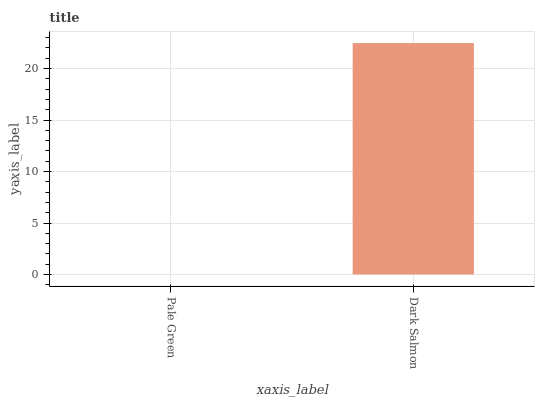
| xaxis_label | bars |
 | --- | --- |
 | Pale Green | 0 |
 | Dark Salmon | 22.5 |